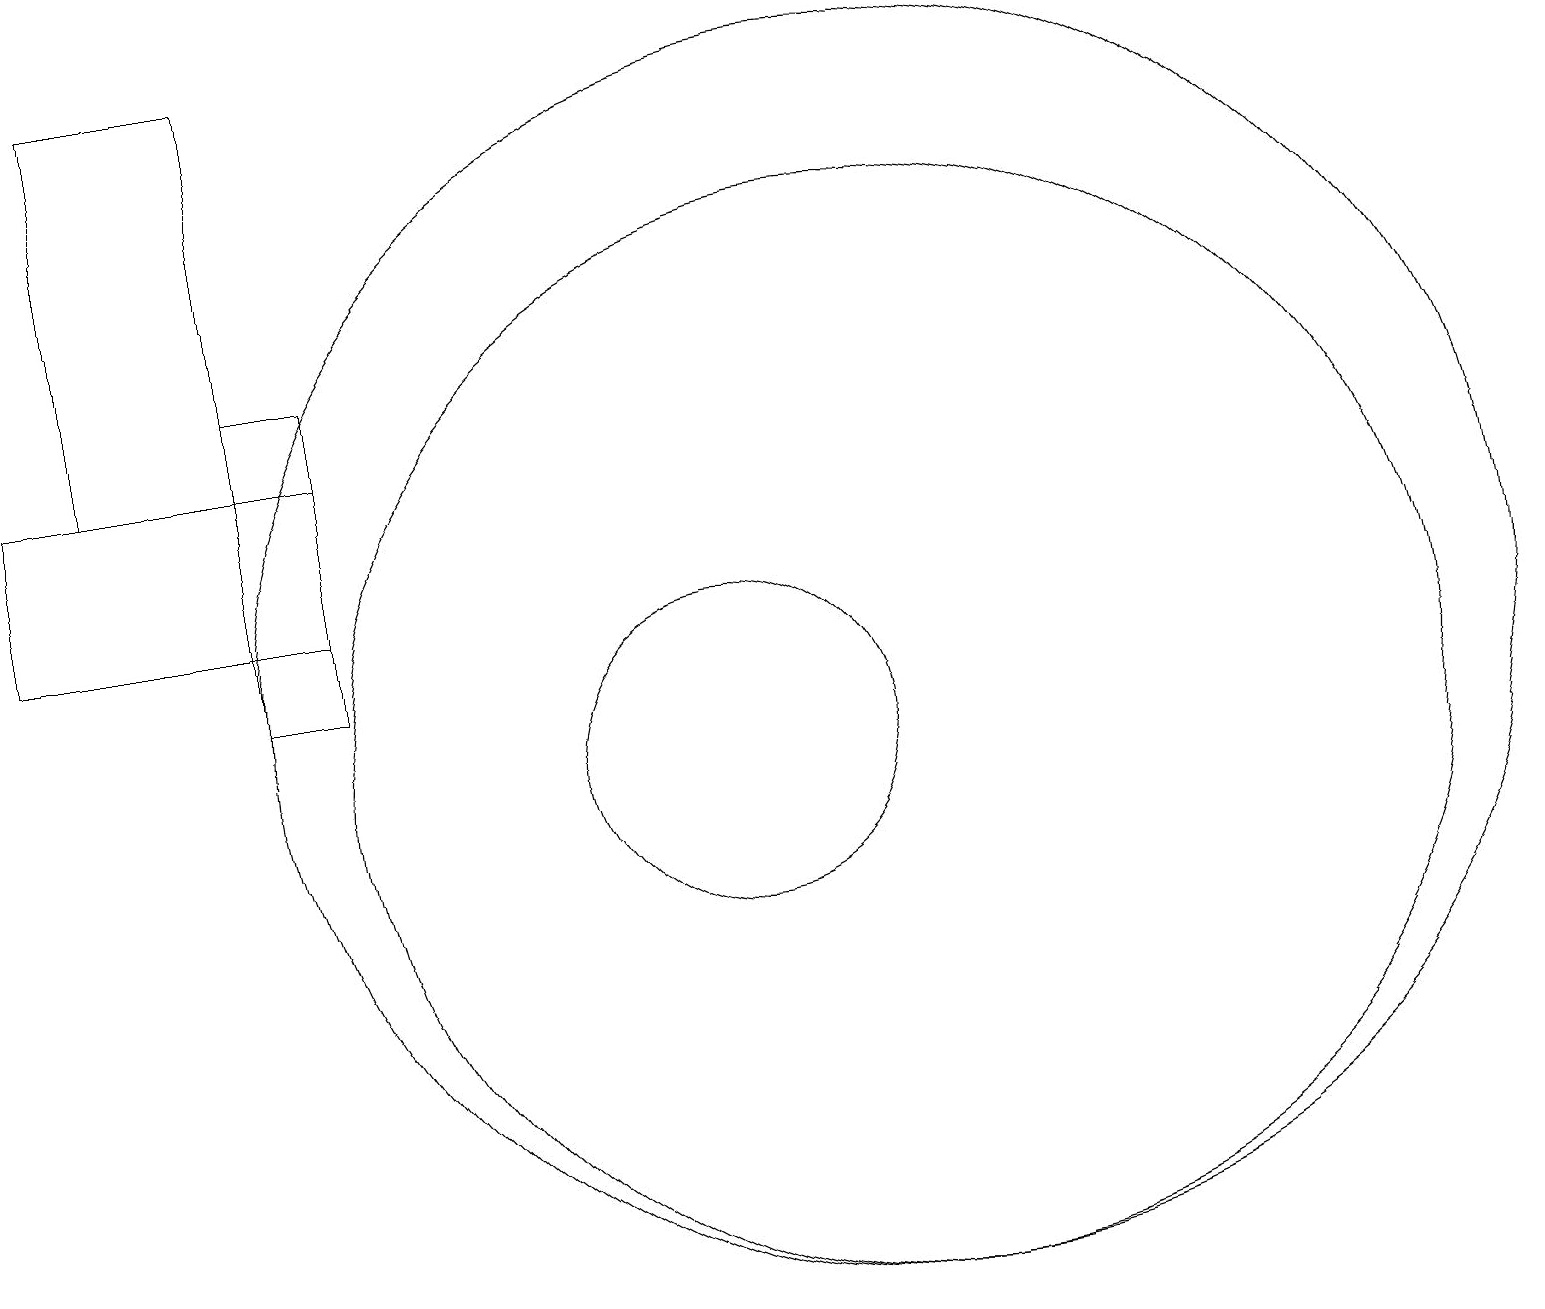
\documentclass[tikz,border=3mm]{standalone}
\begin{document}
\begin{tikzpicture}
\draw (12,11) circle (8);
\draw (2,14) rectangle (4,19);
\draw (5,12) rectangle (1,14);
\draw (4,15) rectangle (5,11);
\draw (10,10) circle (2);
\draw (12,10) circle (7);
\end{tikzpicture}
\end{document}